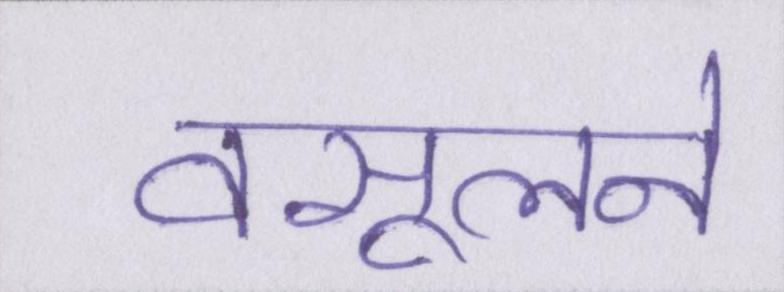
वसूलने